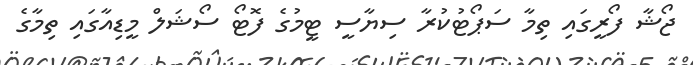
ޖޯޝާ ފޯރީގައި ތިމާ ސަޕޯޓުކުރާ ސިޔާސީ ޓީމުގެ ފޮޓޯ ސޯޝަލް މީޑިއާގައި ތިމާގެ